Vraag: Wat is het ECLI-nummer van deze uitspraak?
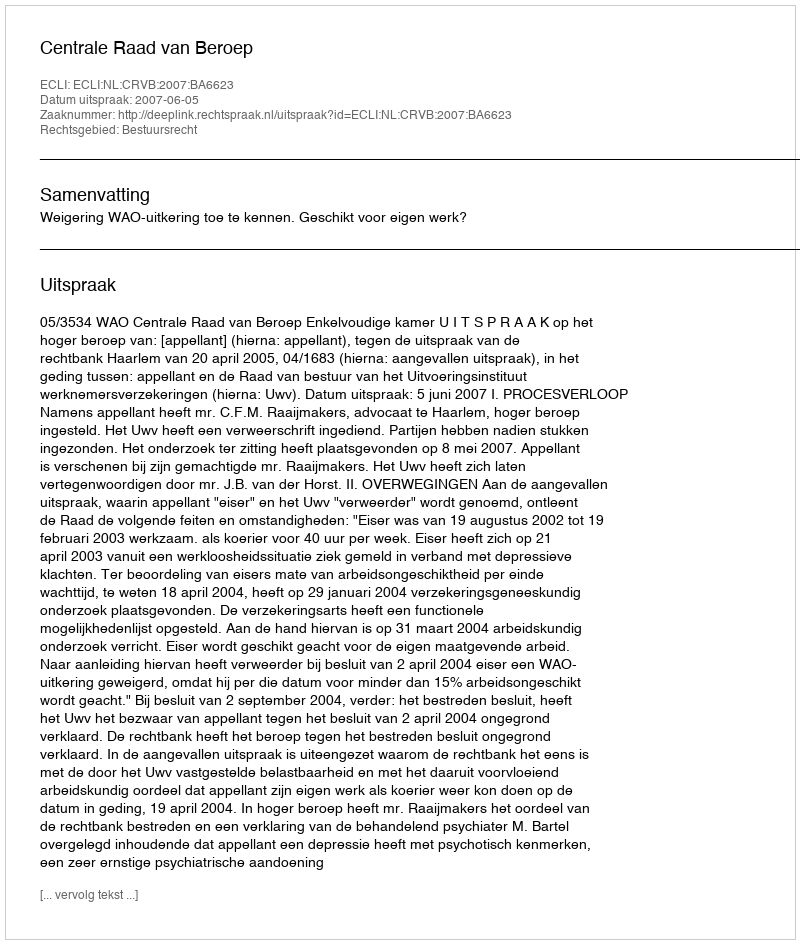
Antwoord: ECLI:NL:CRVB:2007:BA6623